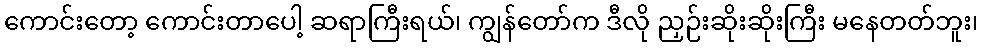
ကောင်းတော့ ကောင်းတာပေါ့ ဆရာကြီးရယ်၊ ကျွန်တော်က ဒီလို ညှဉ်းဆိုးဆိုးကြီး မနေတတ်ဘူး၊